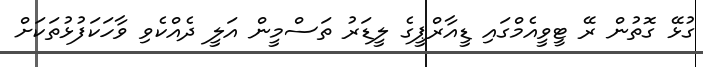
ގުޅޭ ގޮތުން ރޭ ޓީވީއެމްގައި ޑީއާރްޕީގެ ލީޑަރު ތަސްމީން އަލީ ދެއްކެވި ވާހަކަފުޅުތަކަށް